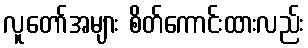
လူတော်အများ စိတ်ကောင်းထားလည်း